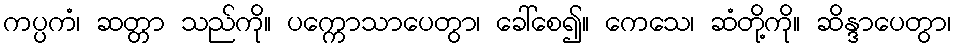
ကပ္ပကံ၊ ဆတ္တာ သည်ကို။ ပက္ကောသာပေတွာ၊ ခေါ်စေ၍။ ကေသေ၊ ဆံတို့ကို။ ဆိန္ဒာပေတွာ၊